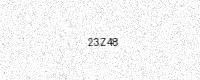
Text: 23Z48